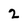
Character: 2